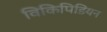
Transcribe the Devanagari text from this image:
विकिपिडियन